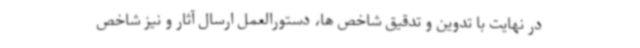
در نهایت با تدوین و تدقیق شاخص ها، دستورالعمل ارسال آثار و نیز شاخص